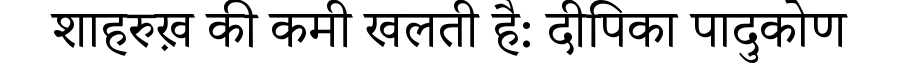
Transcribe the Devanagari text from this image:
शाहरुख़ की कमी खलती है: दीपिका पादुकोण